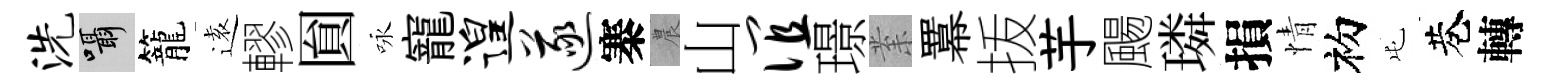
洗囁籠逺轇圎咏寵遑遂寨農山谊璟𭪙羃㧞芋颺璘損情初屯巷轉